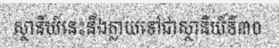
ស្ថានីយ៍នេះនឹងក្លាយទៅជាស្ថានីយ៍ទី៣០